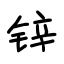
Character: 锌